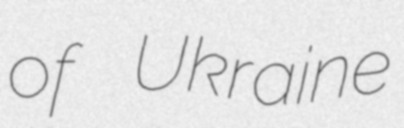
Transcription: of Ukraine